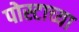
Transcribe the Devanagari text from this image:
पोस्टाच्या